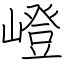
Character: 嶝